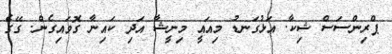
ޕްރިންސަސް ޝިކާ. އަޅުގަނޑު މިއައީ މިނީޝާ އަދި ކައިނާ ގޮވައިގެން. ގޭގެ